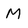
Character: M